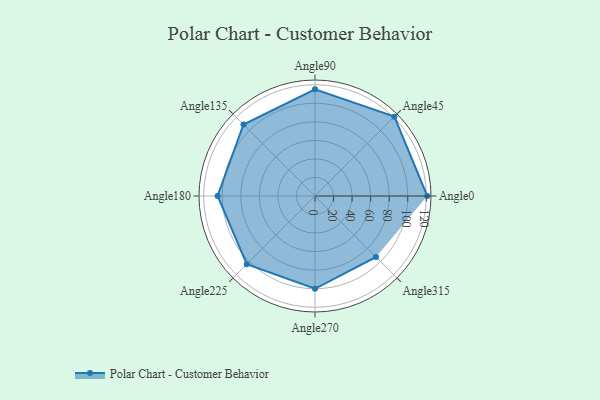
{"axis": {"x": "Angle", "y": "Radius"}, "legend": [""], "data": [{"x": "Angle0", "y": 121.0, "type": ""}, {"x": "Angle45", "y": 121.0, "type": ""}, {"x": "Angle90", "y": 115.0, "type": ""}, {"x": "Angle135", "y": 109.0, "type": ""}, {"x": "Angle180", "y": 105.0, "type": ""}, {"x": "Angle225", "y": 104.0, "type": ""}, {"x": "Angle270", "y": 100.0, "type": ""}, {"x": "Angle315", "y": 93.0, "type": ""}]}